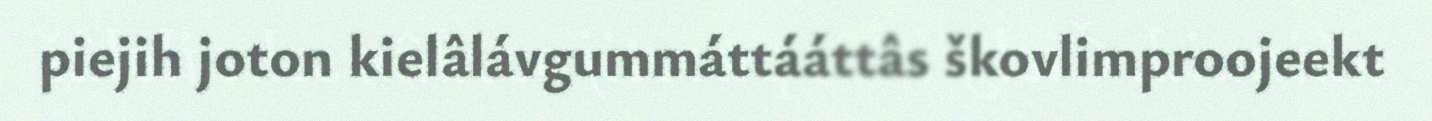
piejih joton kielâlávgummáttááttâs škovlimproojeekt